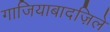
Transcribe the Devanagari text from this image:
गाजियाबादज़िले